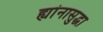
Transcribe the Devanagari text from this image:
ह्यांनासुद्धा